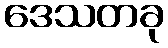
ဒေသတခု